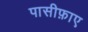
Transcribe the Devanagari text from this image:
पासीफ़ाए